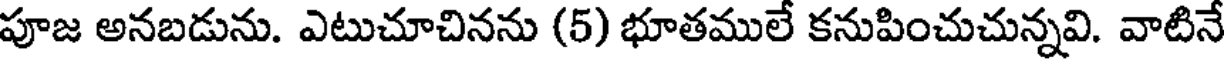
పూజ అనబడును. ఎటుచూచినను (5) భూతములే కనుపించుచున్నవి. వాటినే